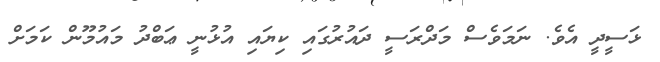
ޅަސީދީ އެވެ. ނަމަވެސް މަދްރަސީ ދައުރުގައި ކިޔައި އުޅުނީ ޢަބްދު މައުމޫން ކަމަށް